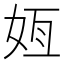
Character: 𫰟